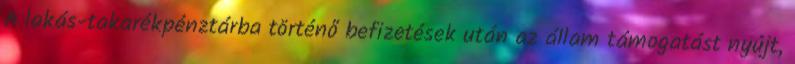
A lakás-takarékpénztárba történő befizetések után az állam támogatást nyújt,